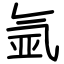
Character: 氩